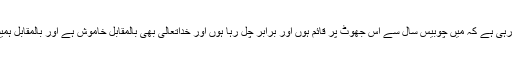
لیکن کیا میری ہی فطرت ایسی ہو رہی ہے کہ مَیں چوبیس سال سے اس جھوٹ پر قائم ہوں اور برابر چل رہا ہوں اور خداتعالیٰ بھی بالمقابل خاموش ہے اور بالمقابل ہمیشہ تائید ات پر تائیدات کر رہا ہے۔